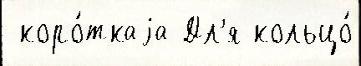
 коро́ткаjа Дл'я кольцо́